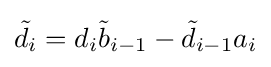
{\tilde {d}}_{i}=d_{i}{\tilde {b}}_{i-1}-{\tilde {d}}_{i-1}a_{i}